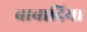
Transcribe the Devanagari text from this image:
बाबादिया